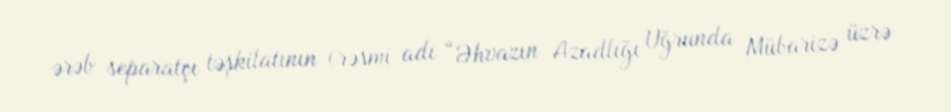
ərəb separatçı təşkilatının (rəsmi adı “Əhvazın Azadlığı Uğrunda Mübarizə üzrə